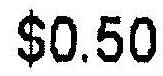
$0.50